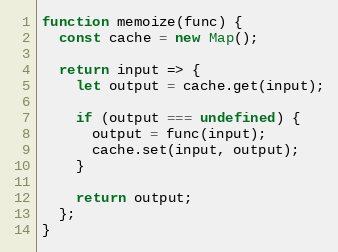
Language: JavaScript
function memoize(func) {
  const cache = new Map();

  return input => {
    let output = cache.get(input);

    if (output === undefined) {
      output = func(input);
      cache.set(input, output);
    }

    return output;
  };
}